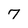
Character: 7